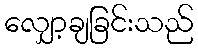
လျှော့ချခြင်းသည်